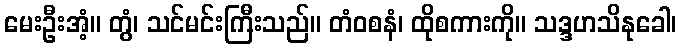
မေးဦးအံ့။ တွံ၊ သင်မင်းကြီးသည်။ တံဝစနံ၊ ထိုစကားကို။ သဒ္ဒဟသိနုခေါ၊